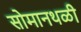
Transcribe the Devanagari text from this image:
सोमानथळी